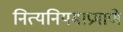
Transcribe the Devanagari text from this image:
नित्यनियमाप्रमाणे